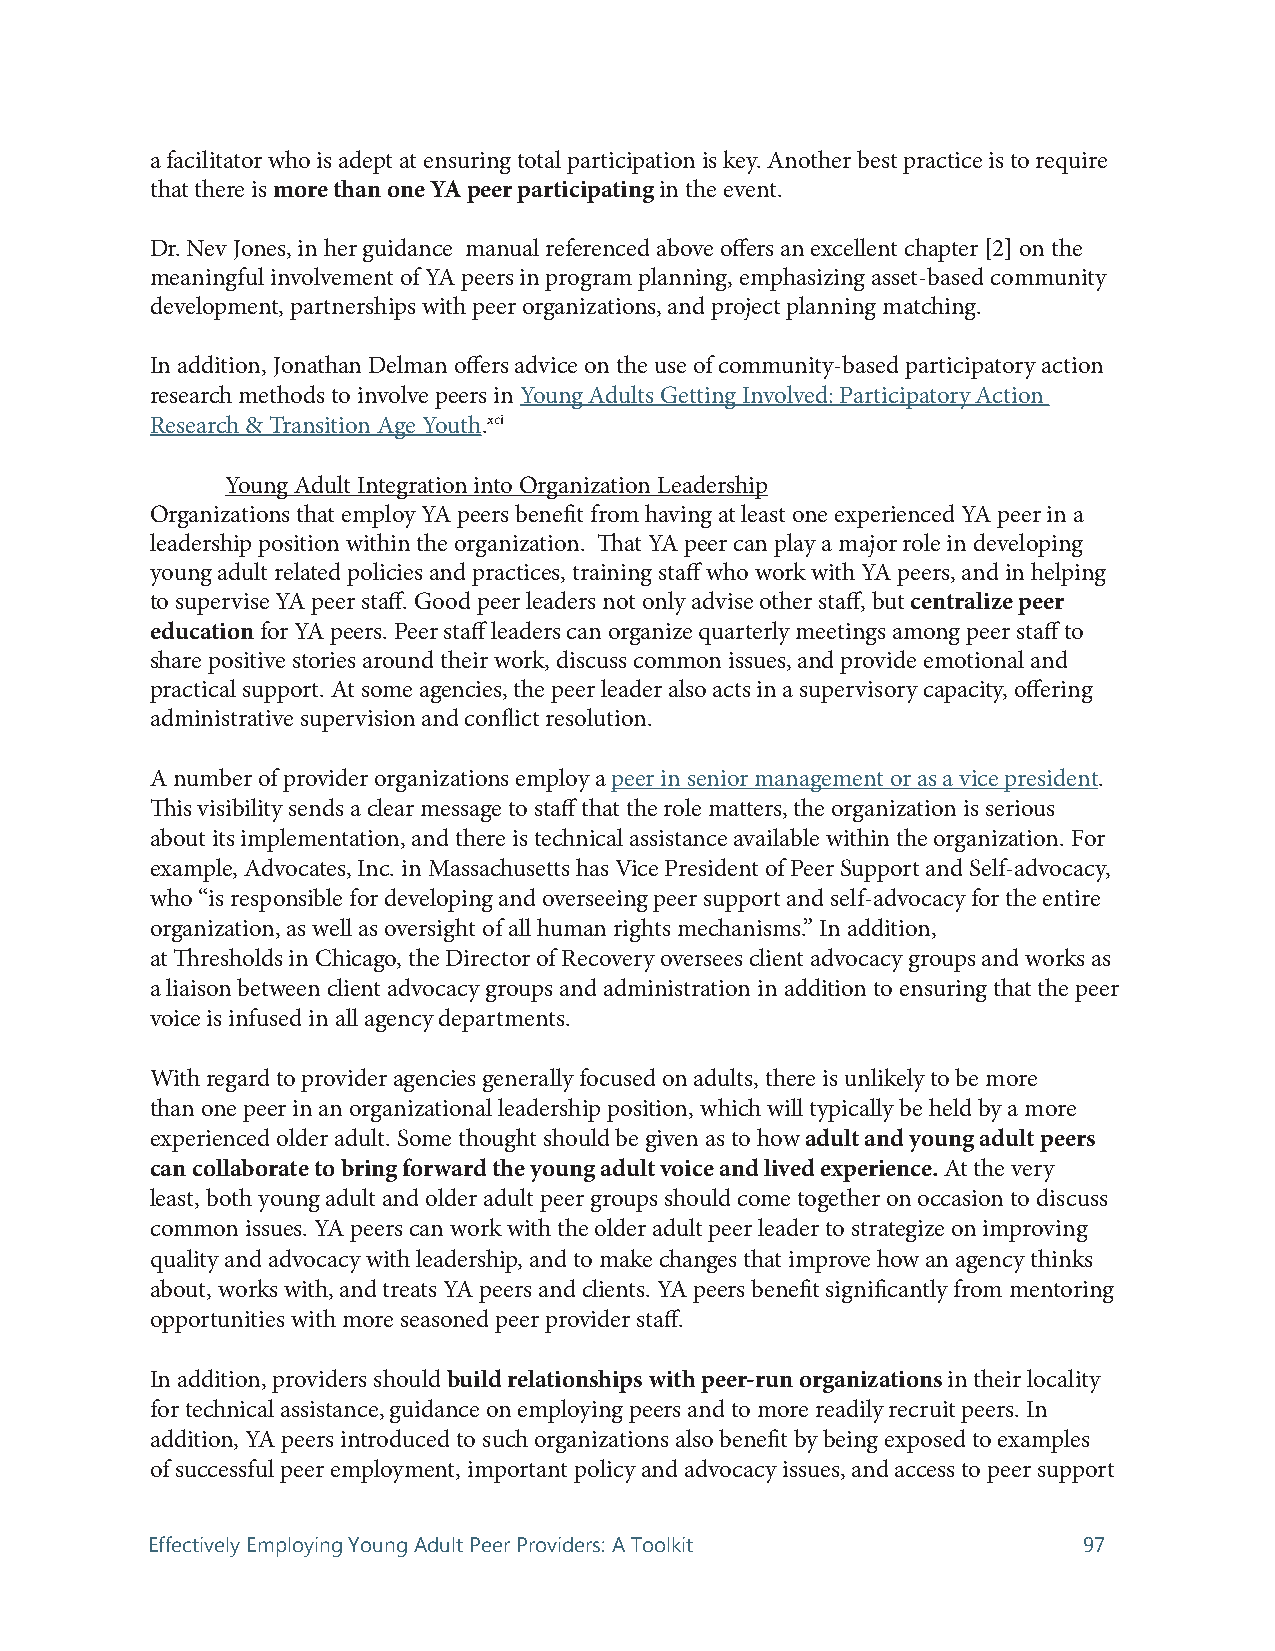
a facilitator who is adept at ensuring total participation is key. Another best practice is to require
 that there is more than one YA peer participating in the event.
 Dr. Nev Jones, in her guidance manual referenced above offers an excellent chapter [2] on the
 meaningful involvement of YA peers in program planning, emphasizing asset-based community
 development, partnerships with peer organizations, and project planning matching.
 In addition, Jonathan Delman offers advice on the use of community-based participatory action
 research methods to involve peers in Young Adults Getting Involved: Participatory Action
 Research & Transition Age Youth.xci
 Young Adult Integration into Organization Leadership
 Organizations that employ YA peers benefit from having at least one experienced YA peer in a
 leadership position within the organization. That YA peer can play a major role in developing
 young adult related policies and practices, training staff who work with YA peers, and in helping
 to supervise YA peer staff. Good peer leaders not only advise other staff, but centralize peer
 education for YA peers. Peer staff leaders can organize quarterly meetings among peer staff to
 share positive stories around their work, discuss common issues, and provide emotional and
 practical support. At some agencies, the peer leader also acts in a supervisory capacity, offering
 administrative supervision and conflict resolution.
 A number of provider organizations employ a peer in senior management or as a vice president.
 This visibility sends a clear message to staff that the role matters, the organization is serious
 about its implementation, and there is technical assistance available within the organization. For
 example, Advocates, Inc. in Massachusetts has Vice President of Peer Support and Self-advocacy,
 who “is responsible for developing and overseeing peer support and self-advocacy for the entire
 organization, as well as oversight of all human rights mechanisms.” In addition,
 at Thresholds in Chicago, the Director of Recovery oversees client advocacy groups and works as
 a liaison between client advocacy groups and administration in addition to ensuring that the peer
 voice is infused in all agency departments.
 With regard to provider agencies generally focused on adults, there is unlikely to be more
 than one peer in an organizational leadership position, which will typically be held by a more
 experienced older adult. Some thought should be given as to how adult and young adult peers
 can collaborate to bring forward the young adult voice and lived experience. At the very
 least, both young adult and older adult peer groups should come together on occasion to discuss
 common issues. YA peers can work with the older adult peer leader to strategize on improving
 quality and advocacy with leadership, and to make changes that improve how an agency thinks
 about, works with, and treats YA peers and clients. YA peers benefit significantly from mentoring
 opportunities with more seasoned peer provider staff.
 In addition, providers should build relationships with peer-run organizations in their locality
 for technical assistance, guidance on employing peers and to more readily recruit peers. In
 addition, YA peers introduced to such organizations also benefit by being exposed to examples
 of successful peer employment, important policy and advocacy issues, and access to peer support
 Effectively Employing Young Adult Peer Providers: A Toolkit   97